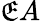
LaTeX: \mathfrak{E}A